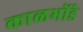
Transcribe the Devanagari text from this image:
काळभोंडे